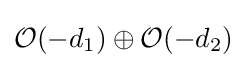
{\mathcal {O}}(-d_{1})\oplus {\mathcal {O}}(-d_{2})